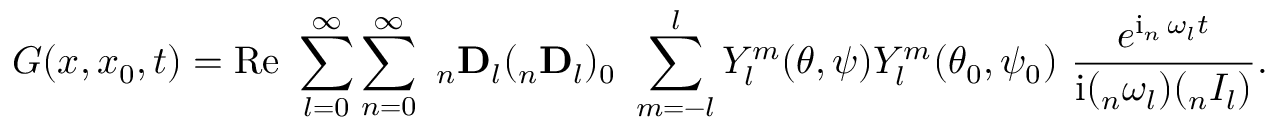
G ( x , x _ { 0 } , t ) = \operatorname { R e } \ \sum _ { l = 0 } ^ { \infty } \sum _ { n = 0 } ^ { \infty } \ _ { n } \mathbf { D } _ { l } ( _ { n } \mathbf { D } _ { l } ) _ { 0 } \ \sum _ { m = - l } ^ { l } Y _ { l } ^ { m } ( \theta , \psi ) Y _ { l } ^ { m } ( \theta _ { 0 } , \psi _ { 0 } ) \ \frac { e ^ { \operatorname { i } _ { n } \omega _ { l } t } } { \operatorname { i } ( _ { n } \omega _ { l } ) ( _ { n } I _ { l } ) } .